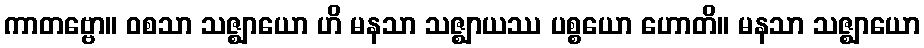
ကာတဗ္ဗော။ ဝစသာ သဇ္ဈာယော ဟိ မနသာ သဇ္ဈာယဿ ပစ္စယော ဟောတိ။ မနသာ သဇ္ဈာယော